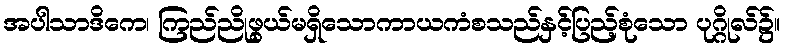
အပါသာဒိကေ၊ ကြည်ညိုဖွယ်မရှိသောကာယကံစသည်နှင့်ပြည့်စုံသော ပုဂ္ဂိုလ်၌။